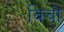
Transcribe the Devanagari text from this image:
विचो